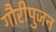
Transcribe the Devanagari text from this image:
गौरीपुजन